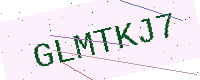
Text: GLMTKJ7